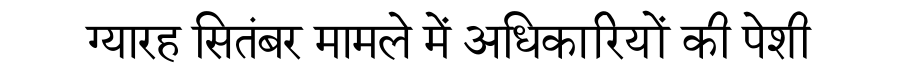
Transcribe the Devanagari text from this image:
ग्यारह सितंबर मामले में अधिकारियों की पेशी